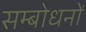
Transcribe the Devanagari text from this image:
सम्बोधनों